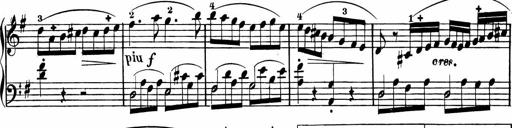
Title: Rosen ohne Dornen
Composer: Gustav Lange